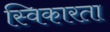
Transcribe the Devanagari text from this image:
स्विकारता